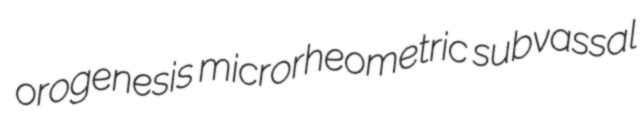
orogenesis microrheometric subvassal